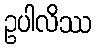
ဥပါလိဿ